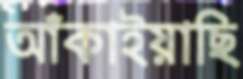
আঁকাইয়াছি